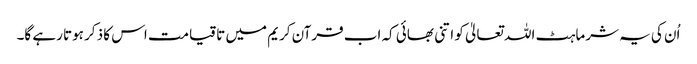
اُن کی یہ شرماہٹ اللہ تعالیٰ کو اتنی بھائی کہ اب قرآن کریم میں تا قیامت اس کا ذکر ہوتا رہے گا۔